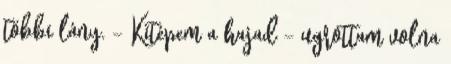
többi lány. - Kitépem a hajad - ugrottam volna